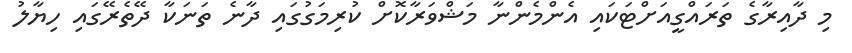
މި ދާއިރާގެ ތަރައްގީއަށްޓަކައި އެންމެންނާ މަޝްވަރާކޮށް ކުރިމަގުގައި ދާނެ ތަނަކާ ދޭތެރޭގައި ހިޔާލު